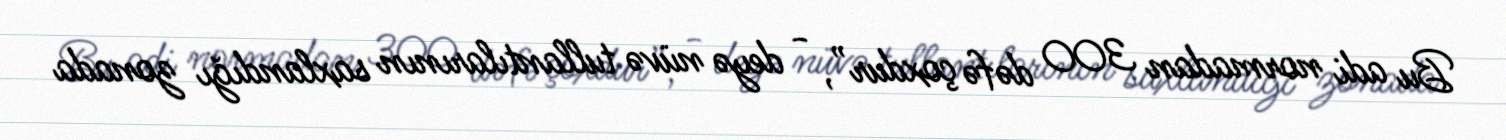
Bu adi normadan 300 dəfə çoxdur”, - deyə nüvə tullantılarının saxlandığı zonada